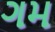
ગમ